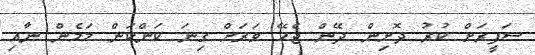
ސަފީރަށް ކުރު ދޮށިން ދޭން ޖެހޭ ވަރަށް ގިނަ ކަންކަން މަމެން ނާއި